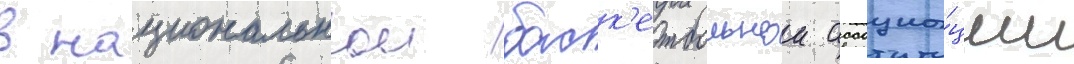
в национальнои баск'етбольнои ассоциа́ции